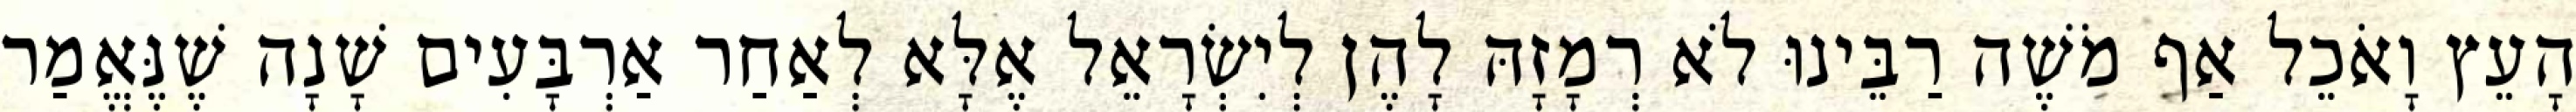
הָעֵץ וָאֹכֵל אַף מֹשֶׁה רַבֵּינוּ לֹא רְמָזָהּ לָהֶן לְיִשְׂרָאֵל אֶלָּא לְאַחַר אַרְבָּעִים שָׁנָה שֶׁנֶּאֱמַר